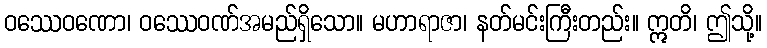
ဝဿေဝဏော၊ ဝဿေဝဏ်အမည်ရှိသော။ မဟာရာဇာ၊ နတ်မင်းကြီးတည်း။ ဣတိ၊ ဤသို့။